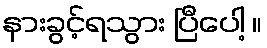
နားခွင့်ရသွား ပြီပေါ့ ။